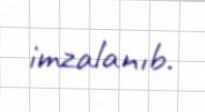
imzalanıb.